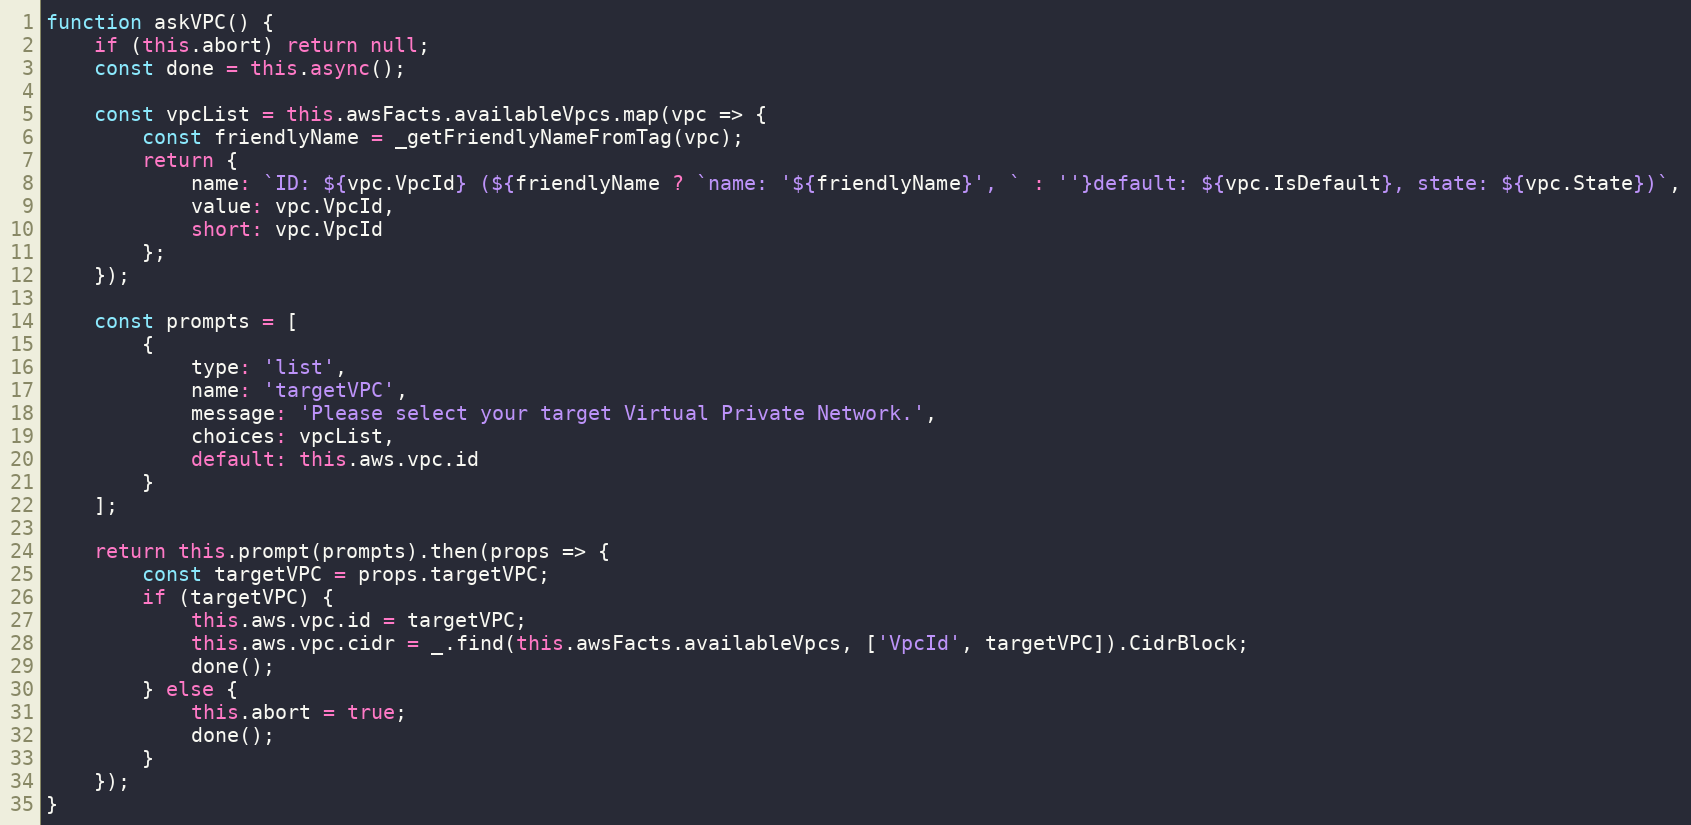
Language: JavaScript
function askVPC() {
    if (this.abort) return null;
    const done = this.async();

    const vpcList = this.awsFacts.availableVpcs.map(vpc => {
        const friendlyName = _getFriendlyNameFromTag(vpc);
        return {
            name: `ID: ${vpc.VpcId} (${friendlyName ? `name: '${friendlyName}', ` : ''}default: ${vpc.IsDefault}, state: ${vpc.State})`,
            value: vpc.VpcId,
            short: vpc.VpcId
        };
    });

    const prompts = [
        {
            type: 'list',
            name: 'targetVPC',
            message: 'Please select your target Virtual Private Network.',
            choices: vpcList,
            default: this.aws.vpc.id
        }
    ];

    return this.prompt(prompts).then(props => {
        const targetVPC = props.targetVPC;
        if (targetVPC) {
            this.aws.vpc.id = targetVPC;
            this.aws.vpc.cidr = _.find(this.awsFacts.availableVpcs, ['VpcId', targetVPC]).CidrBlock;
            done();
        } else {
            this.abort = true;
            done();
        }
    });
}